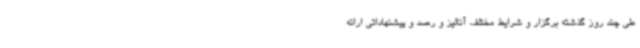
طی چند روز گذشته برگزار و شرایط مختلف آنالیز و رصد و پیشنهاداتی ارائه